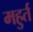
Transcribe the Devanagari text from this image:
महुर्त